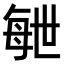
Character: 𣫸